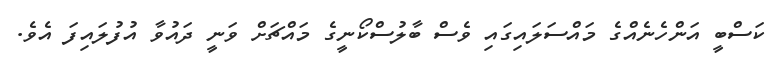
ކަސްބީ އަންހެނެއްގެ މައްސަލައިގައި ވެސް ބާލުސްކޯނީގެ މައްޗަށް ވަނީ ދައުވާ އުފުލައިފަ އެވެ.